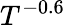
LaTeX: T^{-0.6}